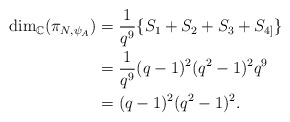
\begin{align*}\dim_{\mathbb{C}}(\pi_{N,\psi_{A}}) & = \frac{1}{q^{9}}\{S_{1} + S_{2} + S_{3}+S_{4]}\} \\&= \frac{1}{q^{9}}(q-1)^2(q^2-1)^2q^9\\&= (q-1)^{2}(q^2-1)^2.\end{align*}